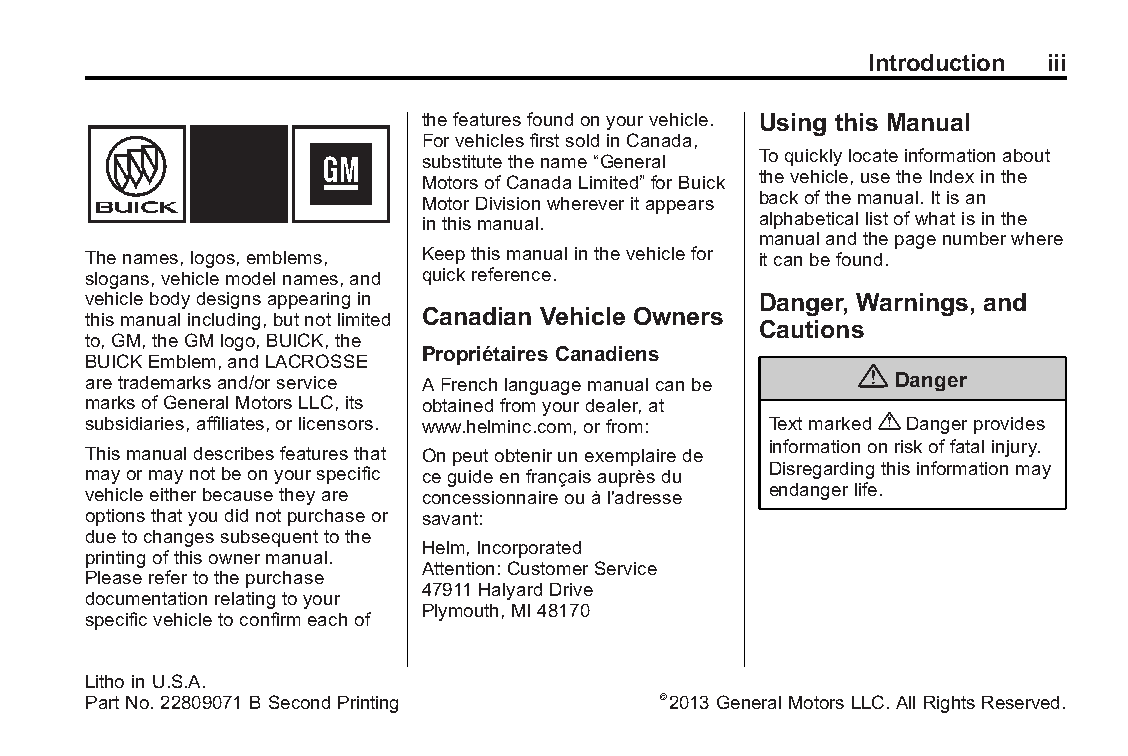
Buick LaCrosse Owner Manual (GMNA-Localizing-U.S./Canada/Mexico- Blackplate(3,1)
 6043609)-2014-2ndEdition-10/17/13
 Introduction iii
 thefeaturesfoundonyourvehicle. Using this Manual
 ForvehiclesfirstsoldinCanada,
 substitutethename“General Toquicklylocateinformationabout
 MotorsofCanadaLimited” forBuick thevehicle,usetheIndexinthe
 MotorDivisionwhereveritappears backofthemanual.Itisan
 inthismanual.         alphabeticallistofwhatisinthe
 manualandthepagenumberwhere
 Thenames,logos,emblems, Keepthismanualinthevehiclefor itcanbefound.
 slogans,vehiclemodelnames,and quickreference.
 vehiclebodydesignsappearingin                Danger, Warnings, and
 thismanualincluding,butnotlimited Canadian Vehicle Owners
 Cautions
 to,GM,theGMlogo,BUICK,the
 PropriétairesCanadiens
 BUICKEmblem,andLACROSSE
 {
 aretrademarksand/orservice AFrenchlanguagemanualcanbe Danger
 marksofGeneralMotorsLLC,its obtainedfromyourdealer,at
 subsidiaries,affiliates,orlicensors. www.helminc.com,orfrom: Textmarked{Dangerprovides
 informationonriskoffatalinjury.
 Thismanualdescribesfeaturesthat Onpeutobtenirunexemplairede
 mayormaynotbeonyourspecific ceguideenfrançaisauprèsdu Disregardingthisinformationmay
 vehicleeitherbecausetheyare concessionnaireouàl'adresse endangerlife.
 optionsthatyoudidnotpurchaseor savant:
 duetochangessubsequenttothe
 Helm,Incorporated
 printingofthisownermanual.
 Attention:CustomerService
 Pleaserefertothepurchase
 47911HalyardDrive
 documentationrelatingtoyour
 Plymouth,MI48170
 specificvehicletoconfirmeachof
 Lithoin U.S.A.
 PartNo. 22809071BSecondPrinting       ©2013GeneralMotors LLC.All RightsReserved.